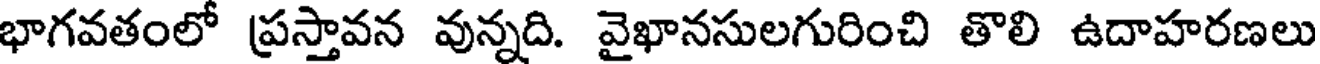
భాగవతంలో ప్రస్తావన వున్నది. వైఖానసులగురించి తొలి ఉదాహరణలు